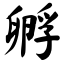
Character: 孵